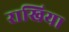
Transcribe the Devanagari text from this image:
राखिया